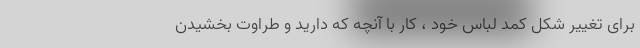
برای تغییر شکل کمد لباس خود ، کار با آنچه که دارید و طراوت بخشیدن